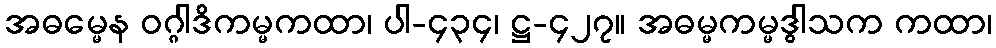
အဓမ္မေန ဝဂ္ဂါဒိကမ္မကထာ၊ ပါ-၄၃၄၊ ဋ္ဌ-၄၂၇။ အဓမ္မကမ္မဒွါသက ကထာ၊